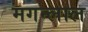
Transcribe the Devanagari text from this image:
मगन्लाल